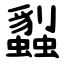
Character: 蠫